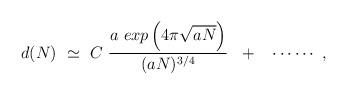
LaTeX: \begin{align*} d(N) ~ \simeq ~C ~\frac{a~exp\left( 4\pi \sqrt{aN}\right)}{(aN)^{3/4}} ~~+~~ \cdots\cdots~,\end{align*}